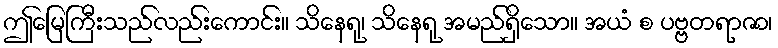
ဤမြေကြီးသည်လည်းကောင်း။ သိနေရု၊ သိနေရု အမည်ရှိသော။ အယံ စ ပဗ္ဗတရာဇာ၊